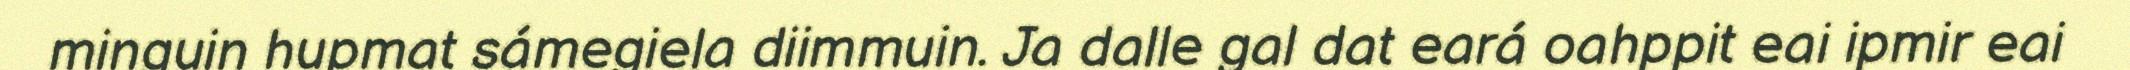
minguin hupmat sámegiela diimmuin. Ja dalle gal dat eará oahppit eai ipmir eai